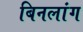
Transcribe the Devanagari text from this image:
बिनलांग